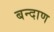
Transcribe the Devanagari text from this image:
बन्दाण